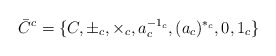
\begin{align*}\bar{C}^{c}=\{C, \pm_{c}, \times_{c}, a_{c}^{-1_{c}},(a_{c})^{*_{c}},0,1_{c}\}\end{align*}